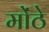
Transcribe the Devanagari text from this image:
मोंठे